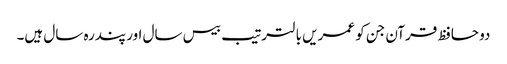
دو حافظ قرآن جن کو عمریں با لترتیب بیس سال اور پندرہ سال ہیں۔